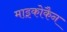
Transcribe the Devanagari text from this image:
माइकोकैन